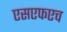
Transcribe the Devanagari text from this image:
एसएफएच